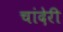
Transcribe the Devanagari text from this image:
चांदेरी